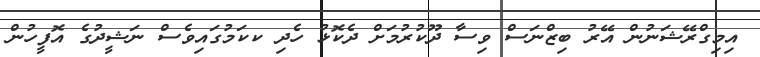
އިމިގްރޭޝަނުން އޭރު ބިޒްނަސް ވިސާ ދޫކުރުމަށް ދެކޮޅު ހެދި ކކަމުގައިވެސް ނަޝީދުގެ އޮފީހުން